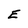
Character: E